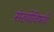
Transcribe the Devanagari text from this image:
संख्येविषयी